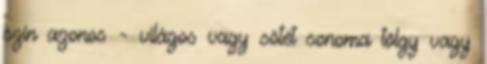
szín azonos - világos vagy sötét sonoma tölgy vagy